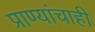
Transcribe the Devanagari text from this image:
प्राण्यांचाही